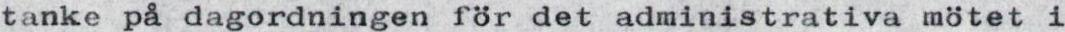
tanke på dagordningen för det administrativa mötet i